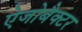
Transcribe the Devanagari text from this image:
ऐजोबैक्टर